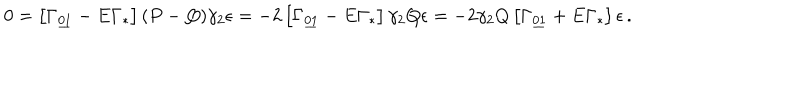
0 = \left[ \Gamma _ { \underline { { { 0 1 } } } } - E \Gamma _ { * } \right] ( P - Q ) \gamma _ { 2 } \epsilon = - 2 \left[ \Gamma _ { \underline { { { 0 1 } } } } - E \Gamma _ { * } \right] \gamma _ { 2 } Q \epsilon = - 2 \gamma _ { 2 } Q \left[ \Gamma _ { \underline { { { 0 1 } } } } + E \Gamma _ { * } \right] \epsilon \, .